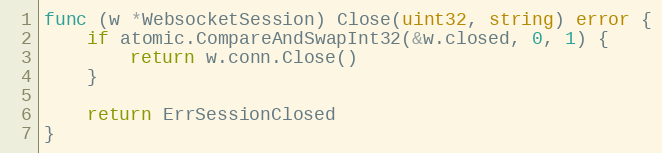
Language: Go
func (w *WebsocketSession) Close(uint32, string) error {
	if atomic.CompareAndSwapInt32(&w.closed, 0, 1) {
		return w.conn.Close()
	}

	return ErrSessionClosed
}